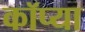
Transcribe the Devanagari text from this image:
कॉप्या